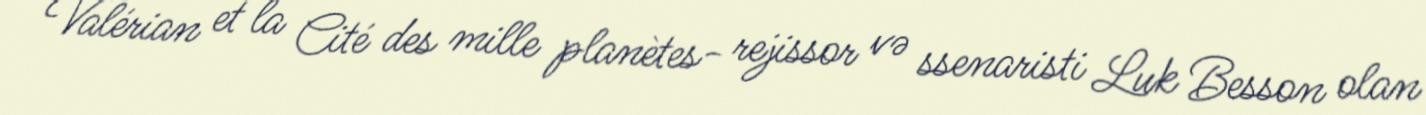
Valérian et la Cité des mille planètes- rejissor və ssenaristi Luk Besson olan